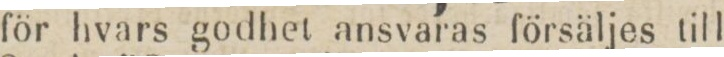
för hvars godhet ansvaras försäljes till